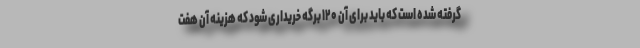
گرفته شده است که باید برای آن ۱۲۰ برگه خریداری شود که هزینه آن هفت